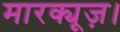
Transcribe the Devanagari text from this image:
मारक्यूज़।